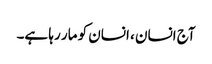
آج انسان ، انسان کو مار رہا ہے۔